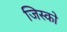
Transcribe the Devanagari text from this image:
जिस्को